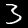
Digit: 3